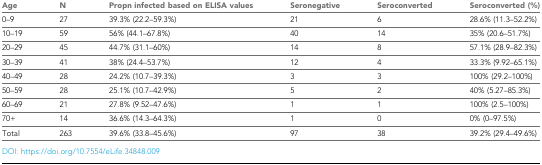
| Age | N | Propn infected based on ELISA values | Seronegative | Seroconverted | Seroconverted (%) |
 | --- | --- | --- | --- | --- | --- |
 | 0–9 | 27 | 39.3% (22.2–59.3%) | 21 | 6 | 28.6% (11.3–52.2%) |
 | 10–19 | 59 | 56% (44.1–67.8%) | 40 | 14 | 35% (20.6–51.7%) |
 | 20–29 | 45 | 44.7% (31.1–60%) | 14 | 8 | 57.1% (28.9–82.3%) |
 | 30–39 | 41 | 38% (24.4–53.7%) | 12 | 4 | 33.3% (9.92–65.1%) |
 | 40–49 | 28 | 24.2% (10.7–39.3%) | 3 | 3 | 100% (29.2–100%) |
 | 50–59 | 28 | 25.1% (10.7–42.9%) | 5 | 2 | 40% (5.27–85.3%) |
 | 60–69 | 21 | 27.8% (9.52–47.6%) | 1 | 1 | 100% (2.5–100%) |
 | 70+ | 14 | 36.6% (14.3–64.3%) | 1 | 0 | 0% (0–97.5%) |
 | Total | 263 | 39.6% (33.8–45.6%) | 97 | 38 | 39.2% (29.4–49.6%) |